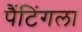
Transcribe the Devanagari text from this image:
पैंटिंगला